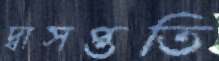
দ্বাসপ্ততি